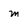
Character: m